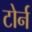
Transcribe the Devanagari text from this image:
टोर्न